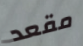
مقعد